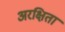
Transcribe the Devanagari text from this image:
अरक्षिता